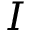
I